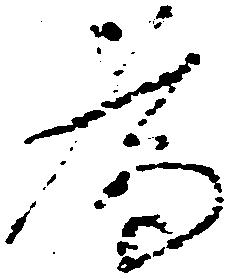
為